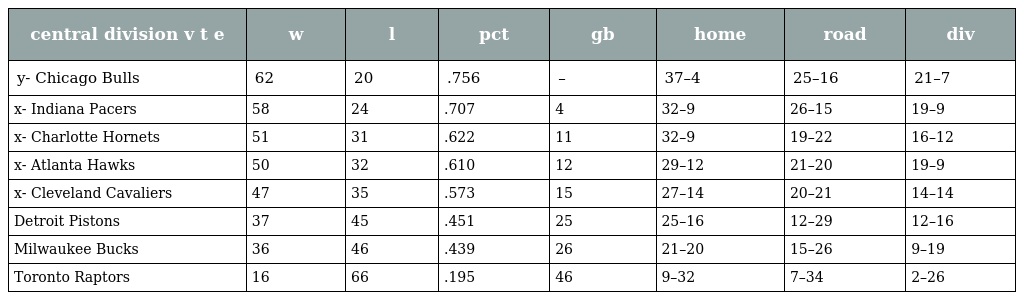
| central division v t e | w | l | pct | gb | home | road | div |
 | --- | --- | --- | --- | --- | --- | --- | --- |
 | y- Chicago Bulls | 62 | 20 | .756 | – | 37–4 | 25–16 | 21–7 |
 | x- Indiana Pacers | 58 | 24 | .707 | 4 | 32–9 | 26–15 | 19–9 |
 | x- Charlotte Hornets | 51 | 31 | .622 | 11 | 32–9 | 19–22 | 16–12 |
 | x- Atlanta Hawks | 50 | 32 | .610 | 12 | 29–12 | 21–20 | 19–9 |
 | x- Cleveland Cavaliers | 47 | 35 | .573 | 15 | 27–14 | 20–21 | 14–14 |
 | Detroit Pistons | 37 | 45 | .451 | 25 | 25–16 | 12–29 | 12–16 |
 | Milwaukee Bucks | 36 | 46 | .439 | 26 | 21–20 | 15–26 | 9–19 |
 | Toronto Raptors | 16 | 66 | .195 | 46 | 9–32 | 7–34 | 2–26 |